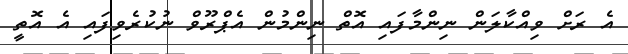
އެ ރަށް ވިއްކާލަން ނިންމާފައި އޮތް ނިންމުން އެޕްރޫވް ނުކުރެވިފައި އެ އޮތީ